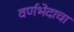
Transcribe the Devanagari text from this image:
वर्णभेदाचा